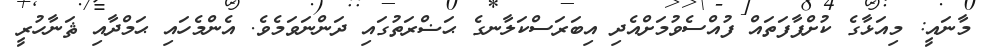
މާނައީ: މިއަޅާގެ ކުށްފާފަތައް ފުއްސެވުމަށްއެދި އިބަރަސްކަލާނގެ ޙަޟްރަތުގައި ދަންނަވަމެވެ. އެންމެހައި ޙަމްދާއި ޘަނާހުރީ